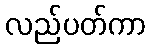
လည်ပတ်ကာ